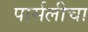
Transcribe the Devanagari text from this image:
पार्सलीचा